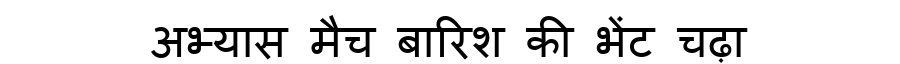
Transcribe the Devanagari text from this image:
अभ्यास मैच बारिश की भेंट चढ़ा